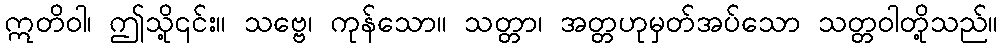
ဣတိဝါ၊ ဤသို့၎င်း။ သဗ္ဗေ၊ ကုန်သော။ သတ္တာ၊ အတ္တဟုမှတ်အပ်သော သတ္တဝါတို့သည်။